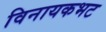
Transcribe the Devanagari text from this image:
विनायकभट